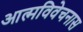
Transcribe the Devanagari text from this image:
आत्मविवेचनास